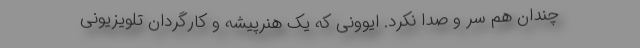
چندان هم سر و صدا نکرد. ایوونی که یک هنرپیشه و کارگردان تلویزیونی